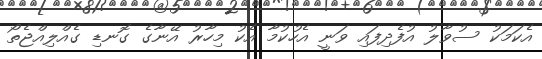
އެކަމަކު ސުވާލު އުފެދިފައި ވަނީ އެހުކުމާ އެކު މިހާރު އޭނާގެ ގޮނޑި ގެއްލިއްޖެތޯ